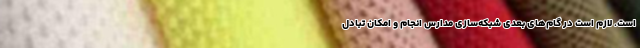
است. لازم است در گام‌های بعدی شبکه‌سازی مدارس انجام و امکان تبادل